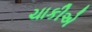
ચાકીએ